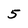
Character: 5